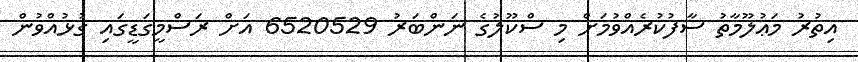
އިތުރު މަޢުލޫމާތު ސާފުކުރެއްވުމަށް މި ސްކޫލުގެ ނަންބަރު 6520529 އަށް ރަސްމީގަޑީގައި ގުޅުއްވުން